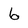
Character: 6